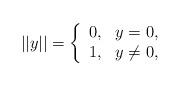
LaTeX: \begin{align*}||y|| = \left\{\begin{array}{ll} 0, & y = 0, \\1, & y \ne 0,\end{array}\right.\end{align*}